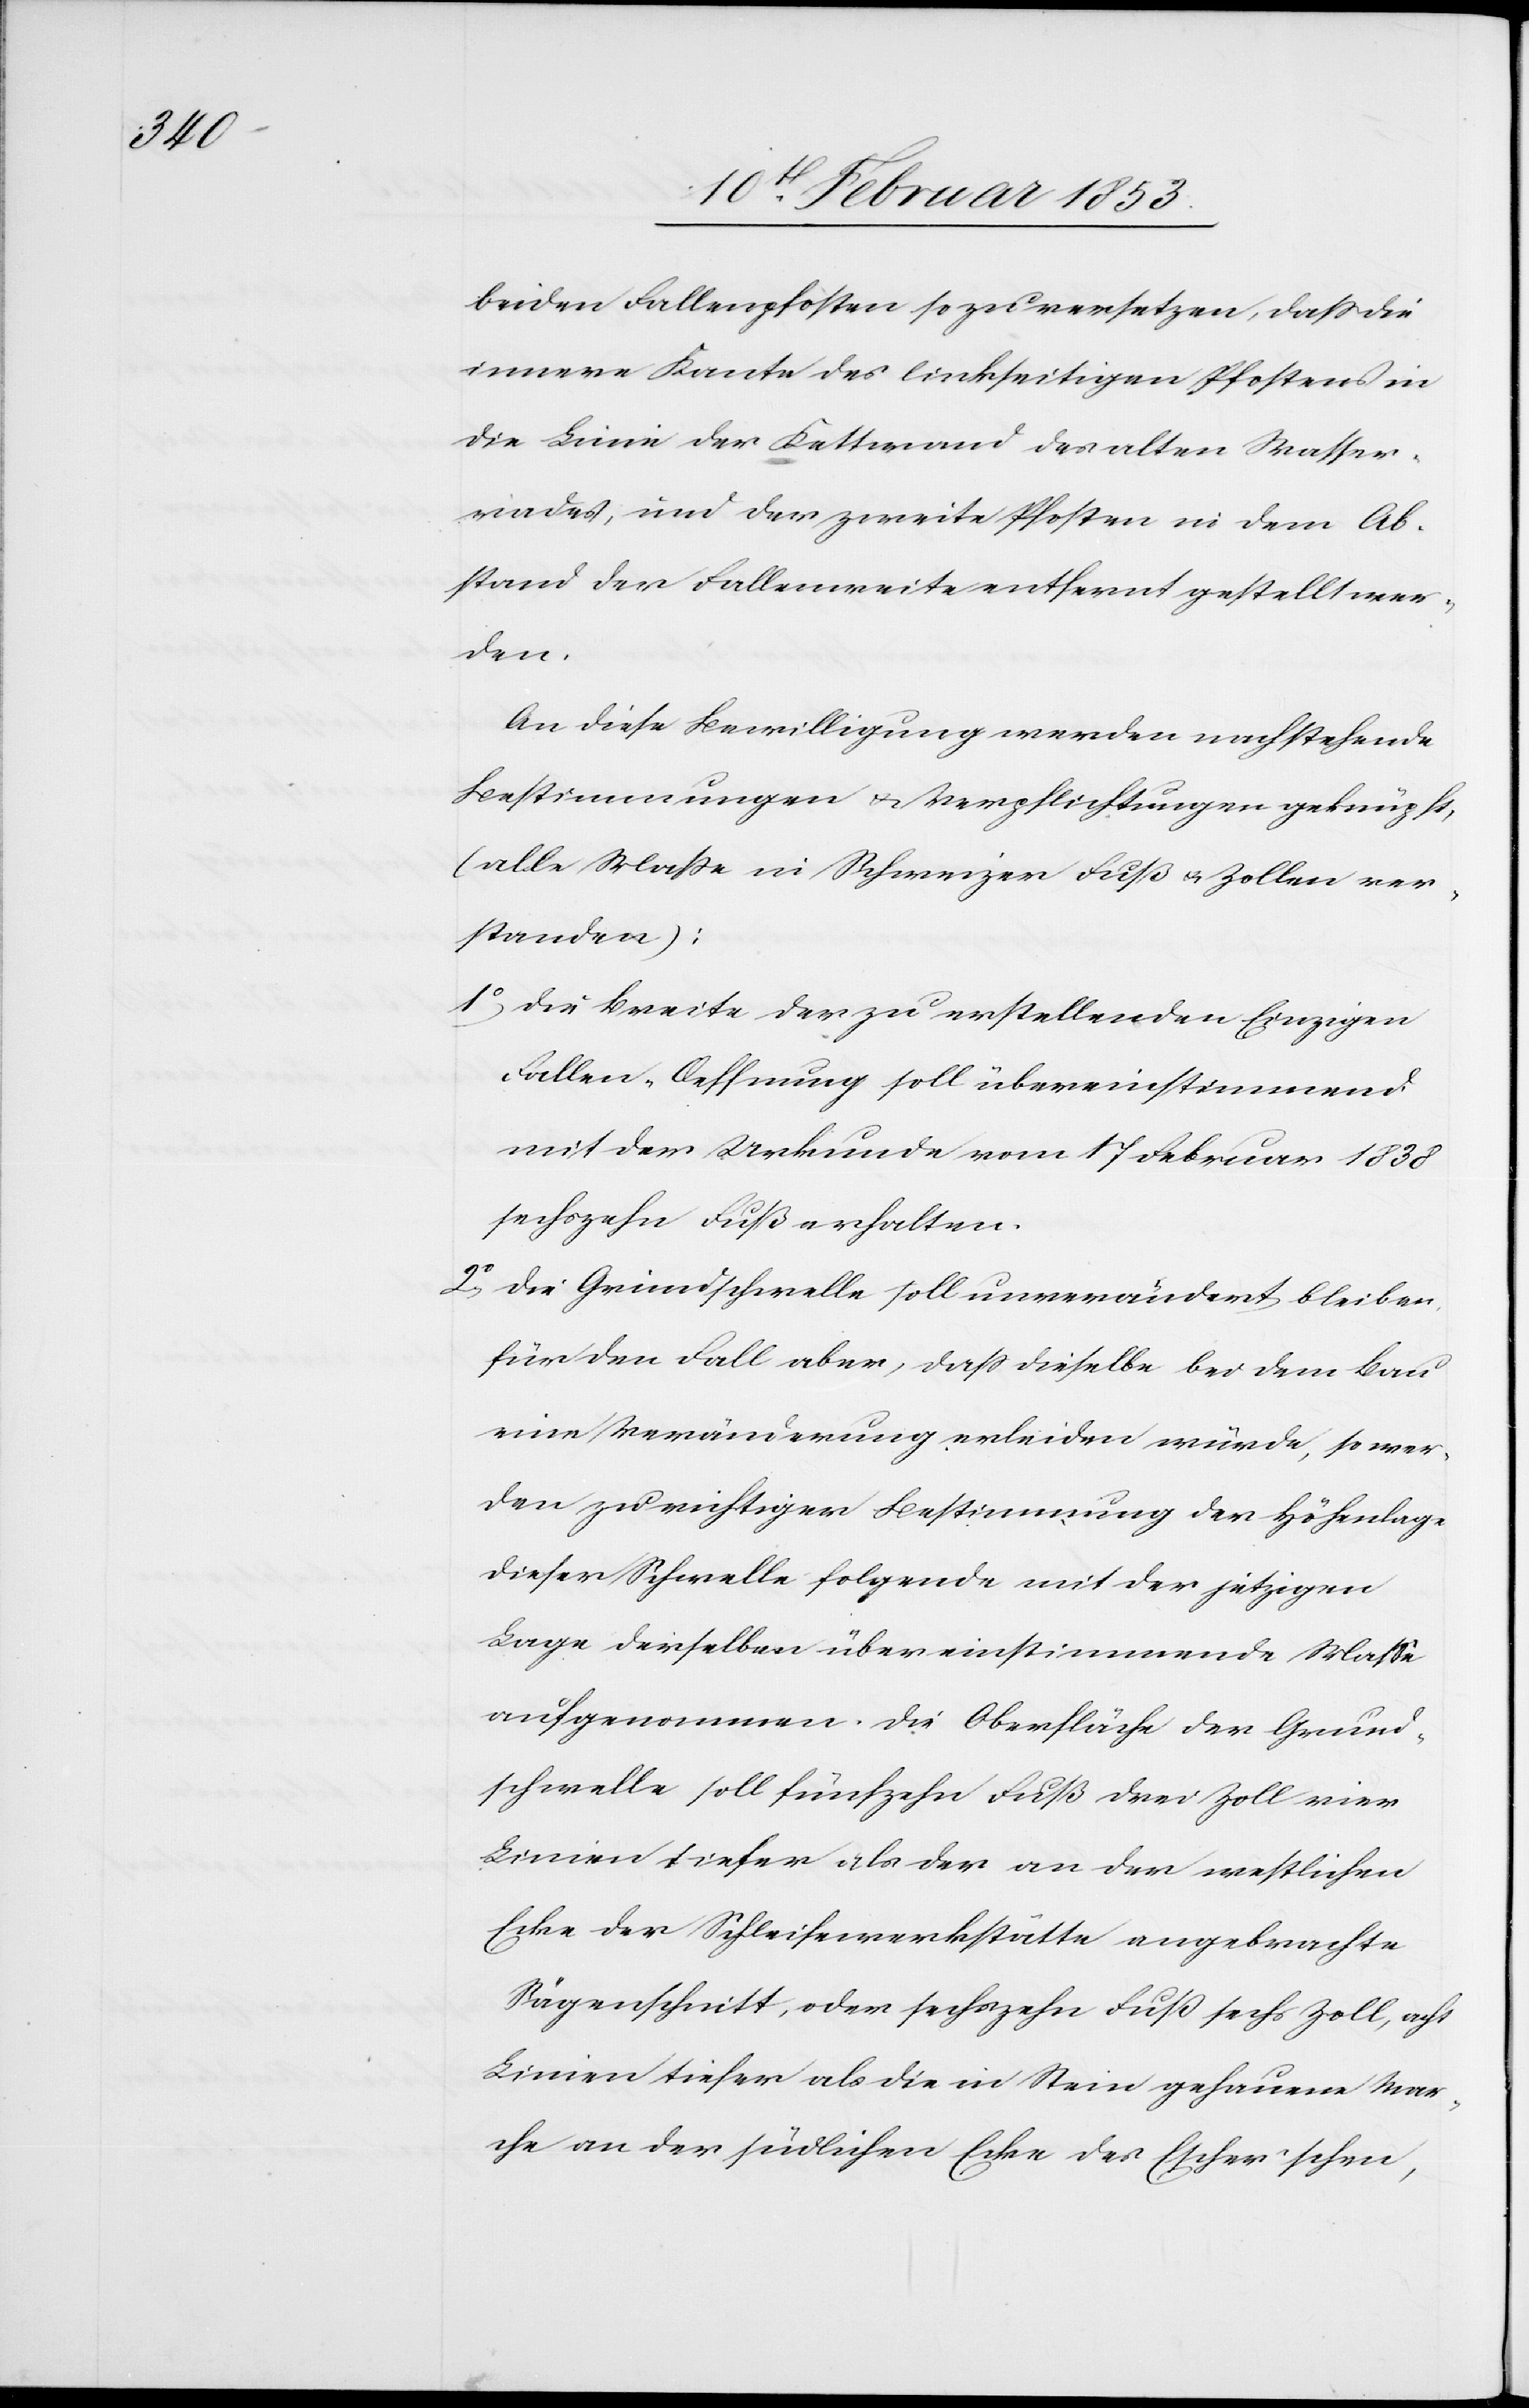
beiden Fallenpfosten so zu versetzen, daß die
innere Kante des linkseitigen Pfostens in
die Linie der Kettenwand des alten Wasser¬
rades, und der zweite Pfosten in dem Ab¬
stand der Fallenweite entfernt gestellt wer¬
den.
An diese Bewilligung werden nachstehende
Bestimmungen u. Verpflichtungen geknüpft,
(alle Maße in Schweizer Fuß u. Zollen ver¬
standen):
1°, die Breite der zu erstellenden Einzigen
Fallen-Oeffnung soll übereinstimmend
mit der Urkunde vom 17 Februar 1838
sechszehn Fuß erhalten.
2°, die Grundschwelle soll unverändert bleiben,
für den Fall aber, daß dieselbe bei dem Bau
eine Veränderung erleiden würde, so wer¬
den zu richtiger Bestimmung der Höhenlage
dieser Schwelle folgende mit der jetzigen
Lage derselben übereinstimmende Maße
aufgenommen. Die Oberfläche der Grund¬
schwelle soll fünfzehn Fuß drei Zoll vier
Linien tiefer als der an der westlichen
Ecke der Schleiferwerkstätte angebrachte
Sägenschnitt, oder sechszehn Fuß sechs Zoll, acht
Linien tiefer als die in Stein gehauene Mar¬
che an der südlichen Ecke der Escher’schen,